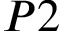
P 2